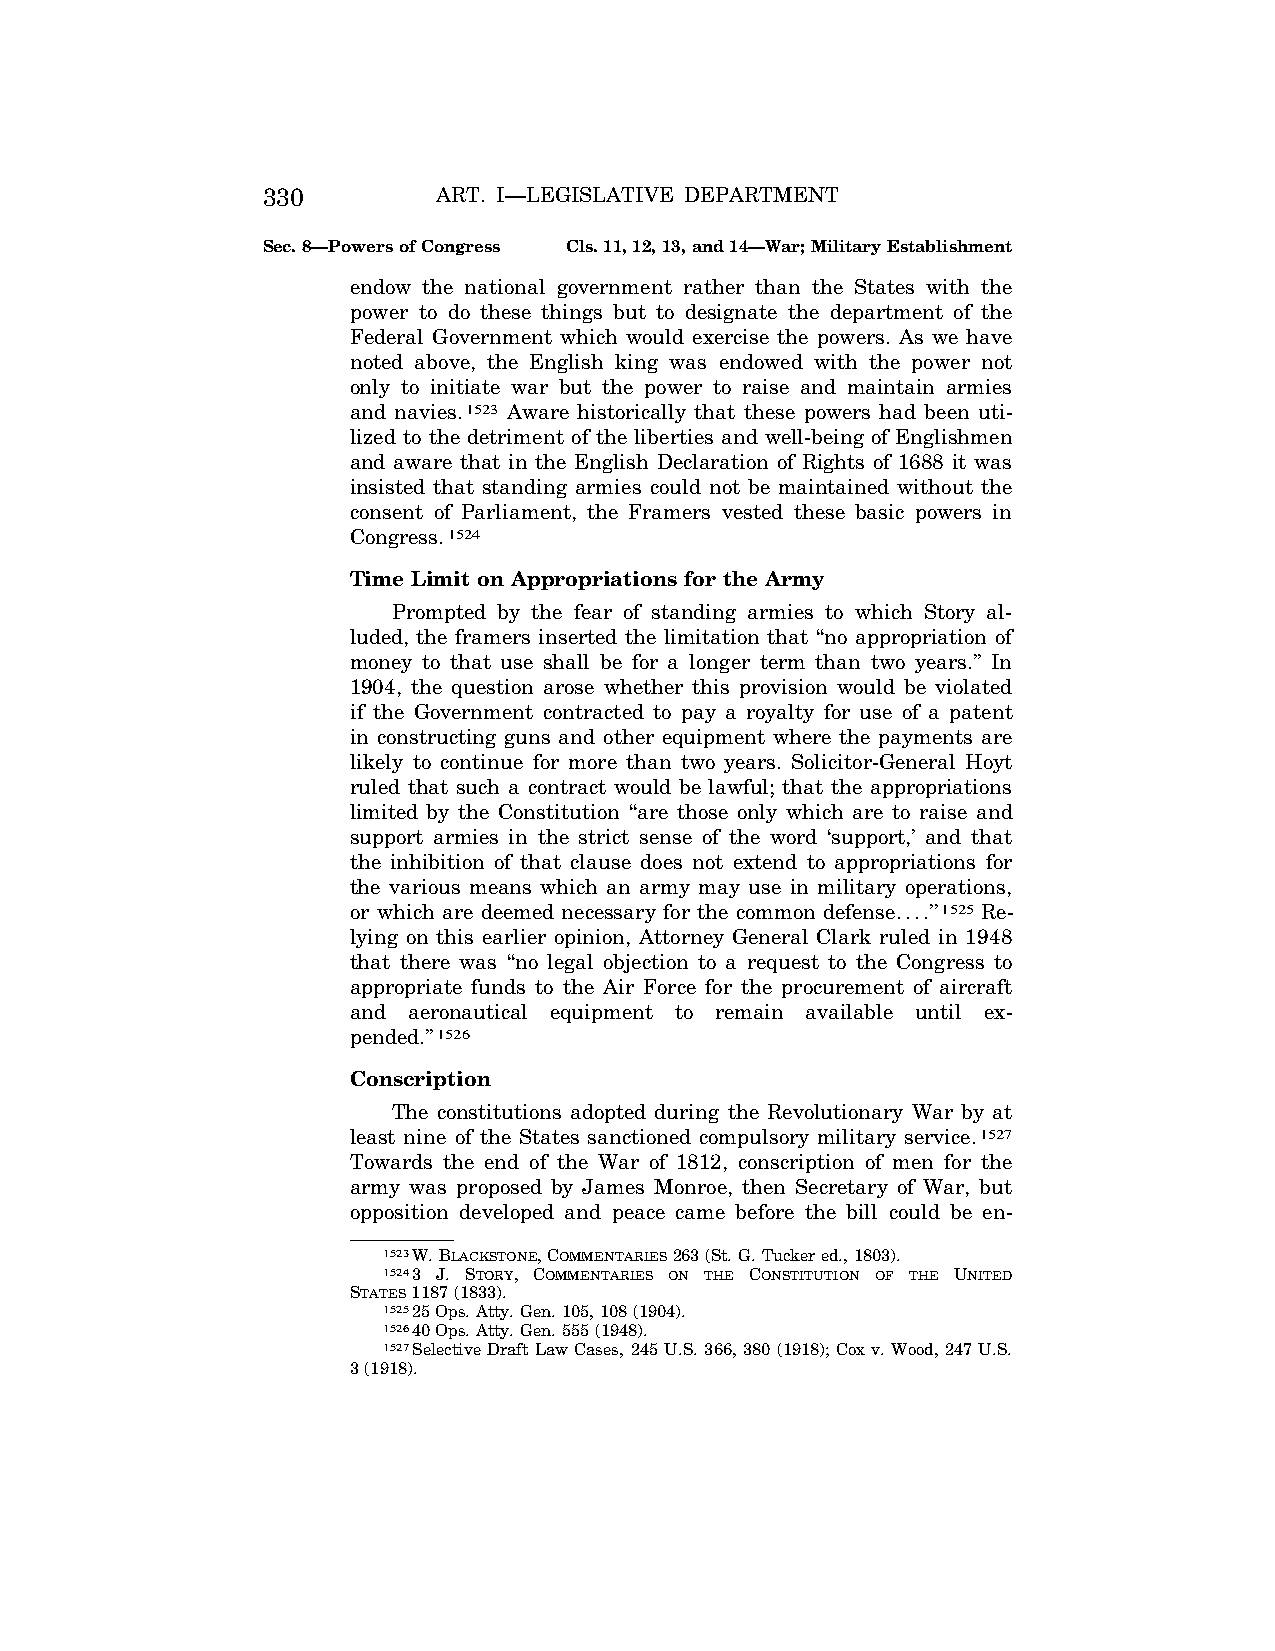
330         ART. I—LEGISLATIVE DEPARTMENT
 Sec. 8—Powers of Congress Cls. 11, 12, 13, and 14—War; Military Establishment
 endow the national government rather than the States with the
 power to do these things but to designate the department of the
 Federal Government which would exercise the powers. As we have
 noted above, the English king was endowed with the power not
 only to initiate war but the power to raise and maintain armies
 and navies.1523 Aware historically that these powers had been uti-
 lized to the detriment of the liberties and well-being of Englishmen
 and aware that in the English Declaration of Rights of 1688 it was
 insisted that standing armies could not be maintained without the
 consent of Parliament, the Framers vested these basic powers in
 Congress.1524
 Time Limit on Appropriations for the Army
 Prompted by the fear of standing armies to which Story al-
 luded, the framers inserted the limitation that ‘‘no appropriation of
 money to that use shall be for a longer term than two years.’’ In
 1904, the question arose whether this provision would be violated
 if the Government contracted to pay a royalty for use of a patent
 in constructing guns and other equipment where the payments are
 likely to continue for more than two years. Solicitor-General Hoyt
 ruled that such a contract would be lawful; that the appropriations
 limited by the Constitution ‘‘are those only which are to raise and
 support armies in the strict sense of the word ‘support,’ and that
 the inhibition of that clause does not extend to appropriations for
 the various means which an army may use in military operations,
 or which are deemed necessary for the common defense....’’1525 Re-
 lying on this earlier opinion, Attorney General Clark ruled in 1948
 that there was ‘‘no legal objection to a request to the Congress to
 appropriate funds to the Air Force for the procurement of aircraft
 and aeronautical equipment to remain available until ex-
 pended.’’1526
 Conscription
 The constitutions adopted during the Revolutionary War by at
 least nine of the States sanctioned compulsory military service.1527
 Towards the end of the War of 1812, conscription of men for the
 army was proposed by James Monroe, then Secretary of War, but
 opposition developed and peace came before the bill could be en-
 1523W. BLACKSTONE, COMMENTARIES263 (St. G. Tucker ed., 1803).
 15243 J. STORY, COMMENTARIES ON THE CONSTITUTION OF THE UNITED
 STATES1187 (1833).
 152525 Ops. Atty. Gen. 105, 108 (1904).
 152640 Ops. Atty. Gen. 555 (1948).
 1527Selective Draft Law Cases, 245 U.S. 366, 380 (1918); Cox v. Wood, 247 U.S.
 3 (1918).
 VerDate Apr<14>2004 12:35 Apr 14, 2004 Jkt 077500 PO 00000 Frm 00268 Fmt 8222 Sfmt 8222 C:\CONAN\CON009.SGM PRFM99 PsN: CON009